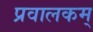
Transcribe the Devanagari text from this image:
प्रवालकम्‌